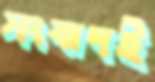
সংবাদই